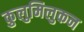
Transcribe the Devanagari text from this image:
कुलुमिलुकन